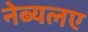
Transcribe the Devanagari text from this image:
नेब्यलए